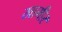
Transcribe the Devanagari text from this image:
खामीर